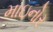
માઇનોર